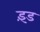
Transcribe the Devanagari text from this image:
इंड